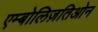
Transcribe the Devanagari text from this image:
एम्बोलिज़तिओन